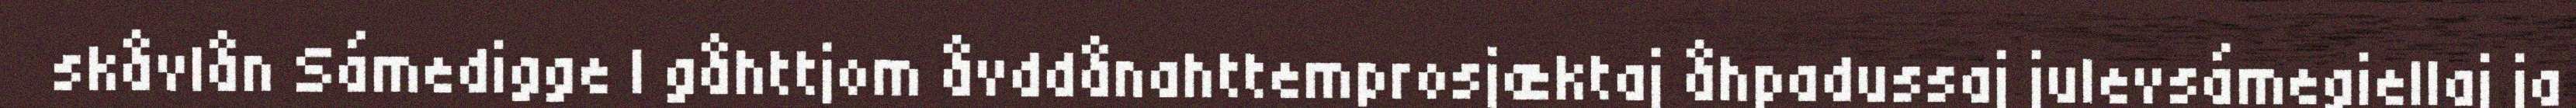
skåvlån Sámedigge l gåhttjom åvddånahttemprosjæktaj åhpadussaj julevsámegiellaj ja